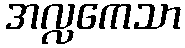
အလ္လကေသာ